Indian journal of veterinary science and animal husbandry - Volume 8,
Year: 1938
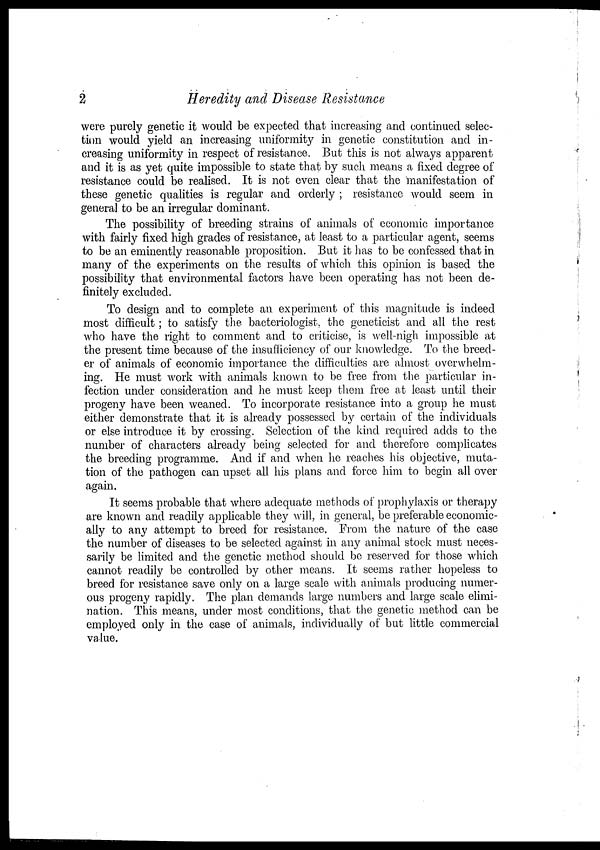
2
Heredity and Disease Resistance
were purely genetic it would be expected that increasing and continued selec-
tion would yield an increasing uniformity in genetic constitution and in-
creasing uniformity in respect of resistance. But this is not always apparent
and it is as yet quite impossible to state that by such means a fixed degree of
resistance could be realised. It is not even clear that the manifestation of
these genetic qualities is regular and orderly ; resistance would seem in
general to be an irregular dominant.
The possibility of breeding strains of animals of economic importance
with fairly fixed high grades of resistance, at least to a particular agent, seems
to be an eminently reasonable proposition. But it has to be confessed that in
many of the experiments on the results of which this opinion is based the
possibility that environmental factors have been operating has not been de-
finitely excluded.
To design and to complete an experiment of this magnitude is indeed
most difficult; to satisfy the bacteriologist, the geneticist and all the rest
who have the right to comment and to criticise, is well-nigh impossible at
the present time because of the insufficiency of our knowledge. To the breed-
er of animals of economic importance the difficulties are almost overwhelm-
ing. He must work with animals known to be free from the particular in-
fection under consideration and he must keep them free at least until their
progeny have been weaned. To incorporate resistance into a group he must
either demonstrate that it is already possessed by certain of the individuals
or else introduce it by crossing. Selection of the kind required adds to the
number of characters already being selected for and therefore complicates
the breeding programme. And if and when he reaches his objective, muta-
tion of the pathogen can upset all his plans and force him to begin all over
again.
It seems probable that where adequate methods of prophylaxis or therapy
are known and readily applicable they will, in general, be preferable economic-
ally to any attempt to breed for resistance. From the nature of the case
the number of diseases to be selected against in any animal stock must neces-
sarily be limited and the genetic method should be reserved for those which
cannot readily be controlled by other means. It seems rather hopeless to
breed for resistance save only on a large scale with animals producing numer-
ous progeny rapidly. The plan demands large numbers and large scale elimi-
nation. This means, under most conditions, that the genetic method can be
employed only in the case of animals, individually of but little commercial
value.